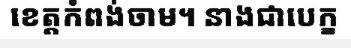
ខេត្តកំពង់ចាម។ នាងជាបេក្ខ